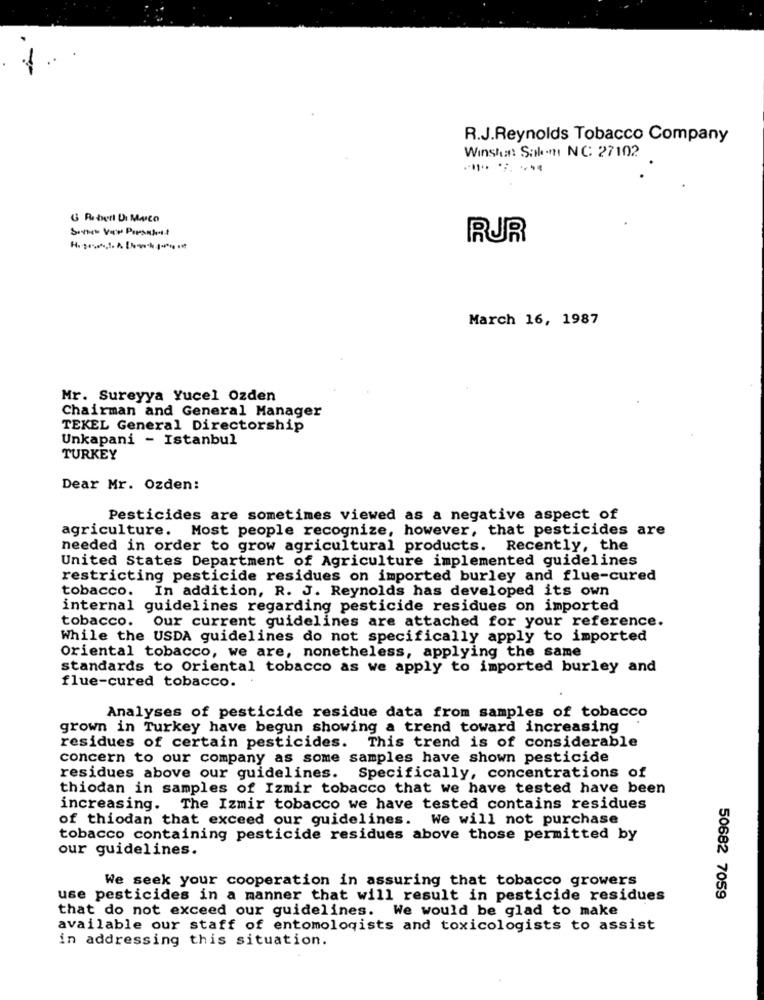
R.J.Reynolds Tobacco Company
Winshan: Salon NC: 27102
G Robert Di Marco
Since var Porselent
RUR
March 16, 1987
Mr. Sureyya Yucel Ozden
Chairman and General Manager
TEKEL General Directorship
Unkapani - Istanbul
TURKEY
Dear Mr. Ozden:
Pesticides are sometimes viewed as a negative aspect of
agriculture. Most people recognize, however, that pesticides are
needed in order to grow agricultural products. Recently, the
United States Department of Agriculture implemented guidelines
restricting pesticide residues on imported burley and flue-cured
tobacco. In addition, R. J. Reynolds has developed its own
internal guidelines regarding pesticide residues on imported
tobacco. Our current guidelines are attached for your reference.
While the USDA guidelines do not specifically apply to imported
Oriental tobacco, we are, nonetheless, applying the same
standards to Oriental tobacco as we apply to imported burley and
flue-cured tobacco.
Analyses of pesticide residue data from samples of tobacco
grown in Turkey have begun showing a trend toward increasing
residues of certain pesticides. This trend is of considerable
concern to our company as some samples have shown pesticide
residues above our guidelines.
Specifically, concentrations of
thiodan in samples of Izmir tobacco that we have tested have been
increasing. The Izmir tobacco we have tested contains residues
of thiodan that exceed our guidelines. We will not purchase
tobacco containing pesticide residues above those permitted by
our guidelines.
We seek your cooperation in assuring that tobacco growers
use pesticides in a manner that will result in pesticide residues
50682 7059
that do not exceed our guidelines. We would be glad to make
available our staff of entomologists and toxicologists to assist
in addressing this situation.